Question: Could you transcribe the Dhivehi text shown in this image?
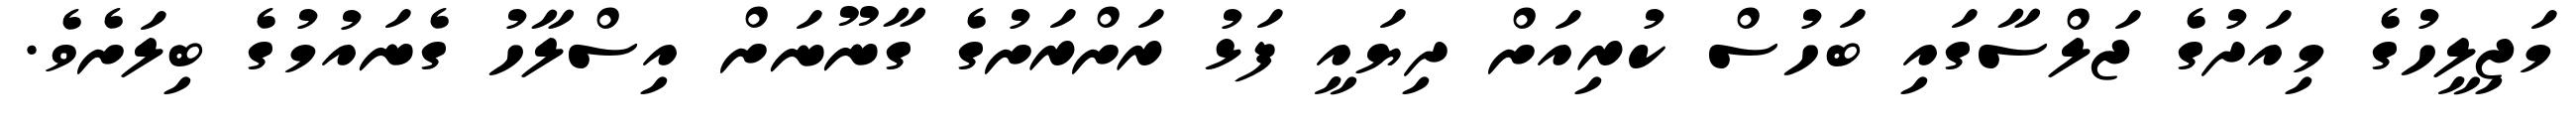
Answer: މަޖިލީހުގެ މިއަދުގެ ޖަލްސާގައި ބަހުސް ކުރިއަށް ދިޔައީ ފަޅު ރަށްރަށުގެ ގާނޫނަށް އިސްލާހު ގެނައުމުގެ ބިލަށެވެ.